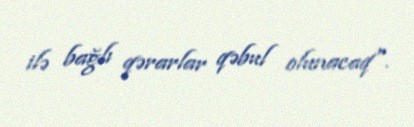
ilə bağlı qərarlar qəbul olunacaq".